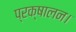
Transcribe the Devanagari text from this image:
प्रक्षालन।